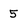
Character: 5